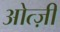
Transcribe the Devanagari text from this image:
ओत्ज़ी